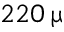
2 2 0 \, \upmu